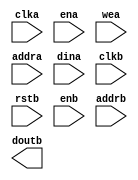
module cache_data_blk_ram(
	clka,
	ena,
	wea,
	addra,
	dina,
	clkb,
	rstb,
	enb,
	addrb,
	doutb);


input clka;
input ena;
input [31 : 0] wea;
input [7 : 0] addra;
input [255 : 0] dina;
input clkb;
input rstb;
input enb;
input [7 : 0] addrb;
output [255 : 0] doutb;

// synthesis translate_off

      BLK_MEM_GEN_V4_3 #(
		.C_ADDRA_WIDTH(8),
		.C_ADDRB_WIDTH(8),
		.C_ALGORITHM(1),
		.C_BYTE_SIZE(8),
		.C_COMMON_CLK(1),
		.C_DEFAULT_DATA("0"),
		.C_DISABLE_WARN_BHV_COLL(0),
		.C_DISABLE_WARN_BHV_RANGE(0),
		.C_FAMILY("virtex5"),
		.C_HAS_ENA(1),
		.C_HAS_ENB(1),
		.C_HAS_INJECTERR(0),
		.C_HAS_MEM_OUTPUT_REGS_A(0),
		.C_HAS_MEM_OUTPUT_REGS_B(0),
		.C_HAS_MUX_OUTPUT_REGS_A(0),
		.C_HAS_MUX_OUTPUT_REGS_B(0),
		.C_HAS_REGCEA(0),
		.C_HAS_REGCEB(0),
		.C_HAS_RSTA(0),
		.C_HAS_RSTB(1),
		.C_HAS_SOFTECC_INPUT_REGS_A(0),
		.C_HAS_SOFTECC_OUTPUT_REGS_B(0),
		.C_INITA_VAL("0"),
		.C_INITB_VAL("0"),
		.C_INIT_FILE_NAME("no_coe_file_loaded"),
		.C_LOAD_INIT_FILE(0),
		.C_MEM_TYPE(1),
		.C_MUX_PIPELINE_STAGES(0),
		.C_PRIM_TYPE(1),
		.C_READ_DEPTH_A(256),
		.C_READ_DEPTH_B(256),
		.C_READ_WIDTH_A(256),
		.C_READ_WIDTH_B(256),
		.C_RSTRAM_A(0),
		.C_RSTRAM_B(0),
		.C_RST_PRIORITY_A("CE"),
		.C_RST_PRIORITY_B("CE"),
		.C_RST_TYPE("SYNC"),
		.C_SIM_COLLISION_CHECK("ALL"),
		.C_USE_BYTE_WEA(1),
		.C_USE_BYTE_WEB(1),
		.C_USE_DEFAULT_DATA(0),
		.C_USE_ECC(0),
		.C_USE_SOFTECC(0),
		.C_WEA_WIDTH(32),
		.C_WEB_WIDTH(32),
		.C_WRITE_DEPTH_A(256),
		.C_WRITE_DEPTH_B(256),
		.C_WRITE_MODE_A("WRITE_FIRST"),
		.C_WRITE_MODE_B("WRITE_FIRST"),
		.C_WRITE_WIDTH_A(256),
		.C_WRITE_WIDTH_B(256),
		.C_XDEVICEFAMILY("virtex5"))
	inst (
		.CLKA(clka),
		.ENA(ena),
		.WEA(wea),
		.ADDRA(addra),
		.DINA(dina),
		.CLKB(clkb),
		.RSTB(rstb),
		.ENB(enb),
		.ADDRB(addrb),
		.DOUTB(doutb),
		.RSTA(),
		.REGCEA(),
		.DOUTA(),
		.REGCEB(),
		.WEB(),
		.DINB(),
		.INJECTSBITERR(),
		.INJECTDBITERR(),
		.SBITERR(),
		.DBITERR(),
		.RDADDRECC());


// synthesis translate_on

endmodule